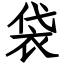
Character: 袋